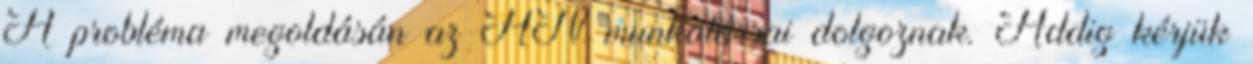
A probléma megoldásán az AN munkatársai dolgoznak. Addig kérjük